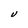
Character: U